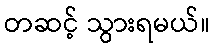
တဆင့် သွားရမယ်။